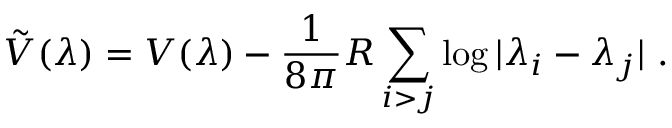
\tilde { V } ( \lambda ) = V ( \lambda ) - \frac { 1 } { 8 \pi } R \sum _ { i > j } \log | \lambda _ { i } - \lambda _ { j } | ~ .